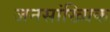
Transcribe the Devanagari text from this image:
जनसांख्यिक